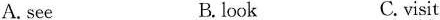
A. seeB.lookC.visit